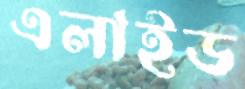
এলাইড